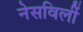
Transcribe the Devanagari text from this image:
नेसविलीं